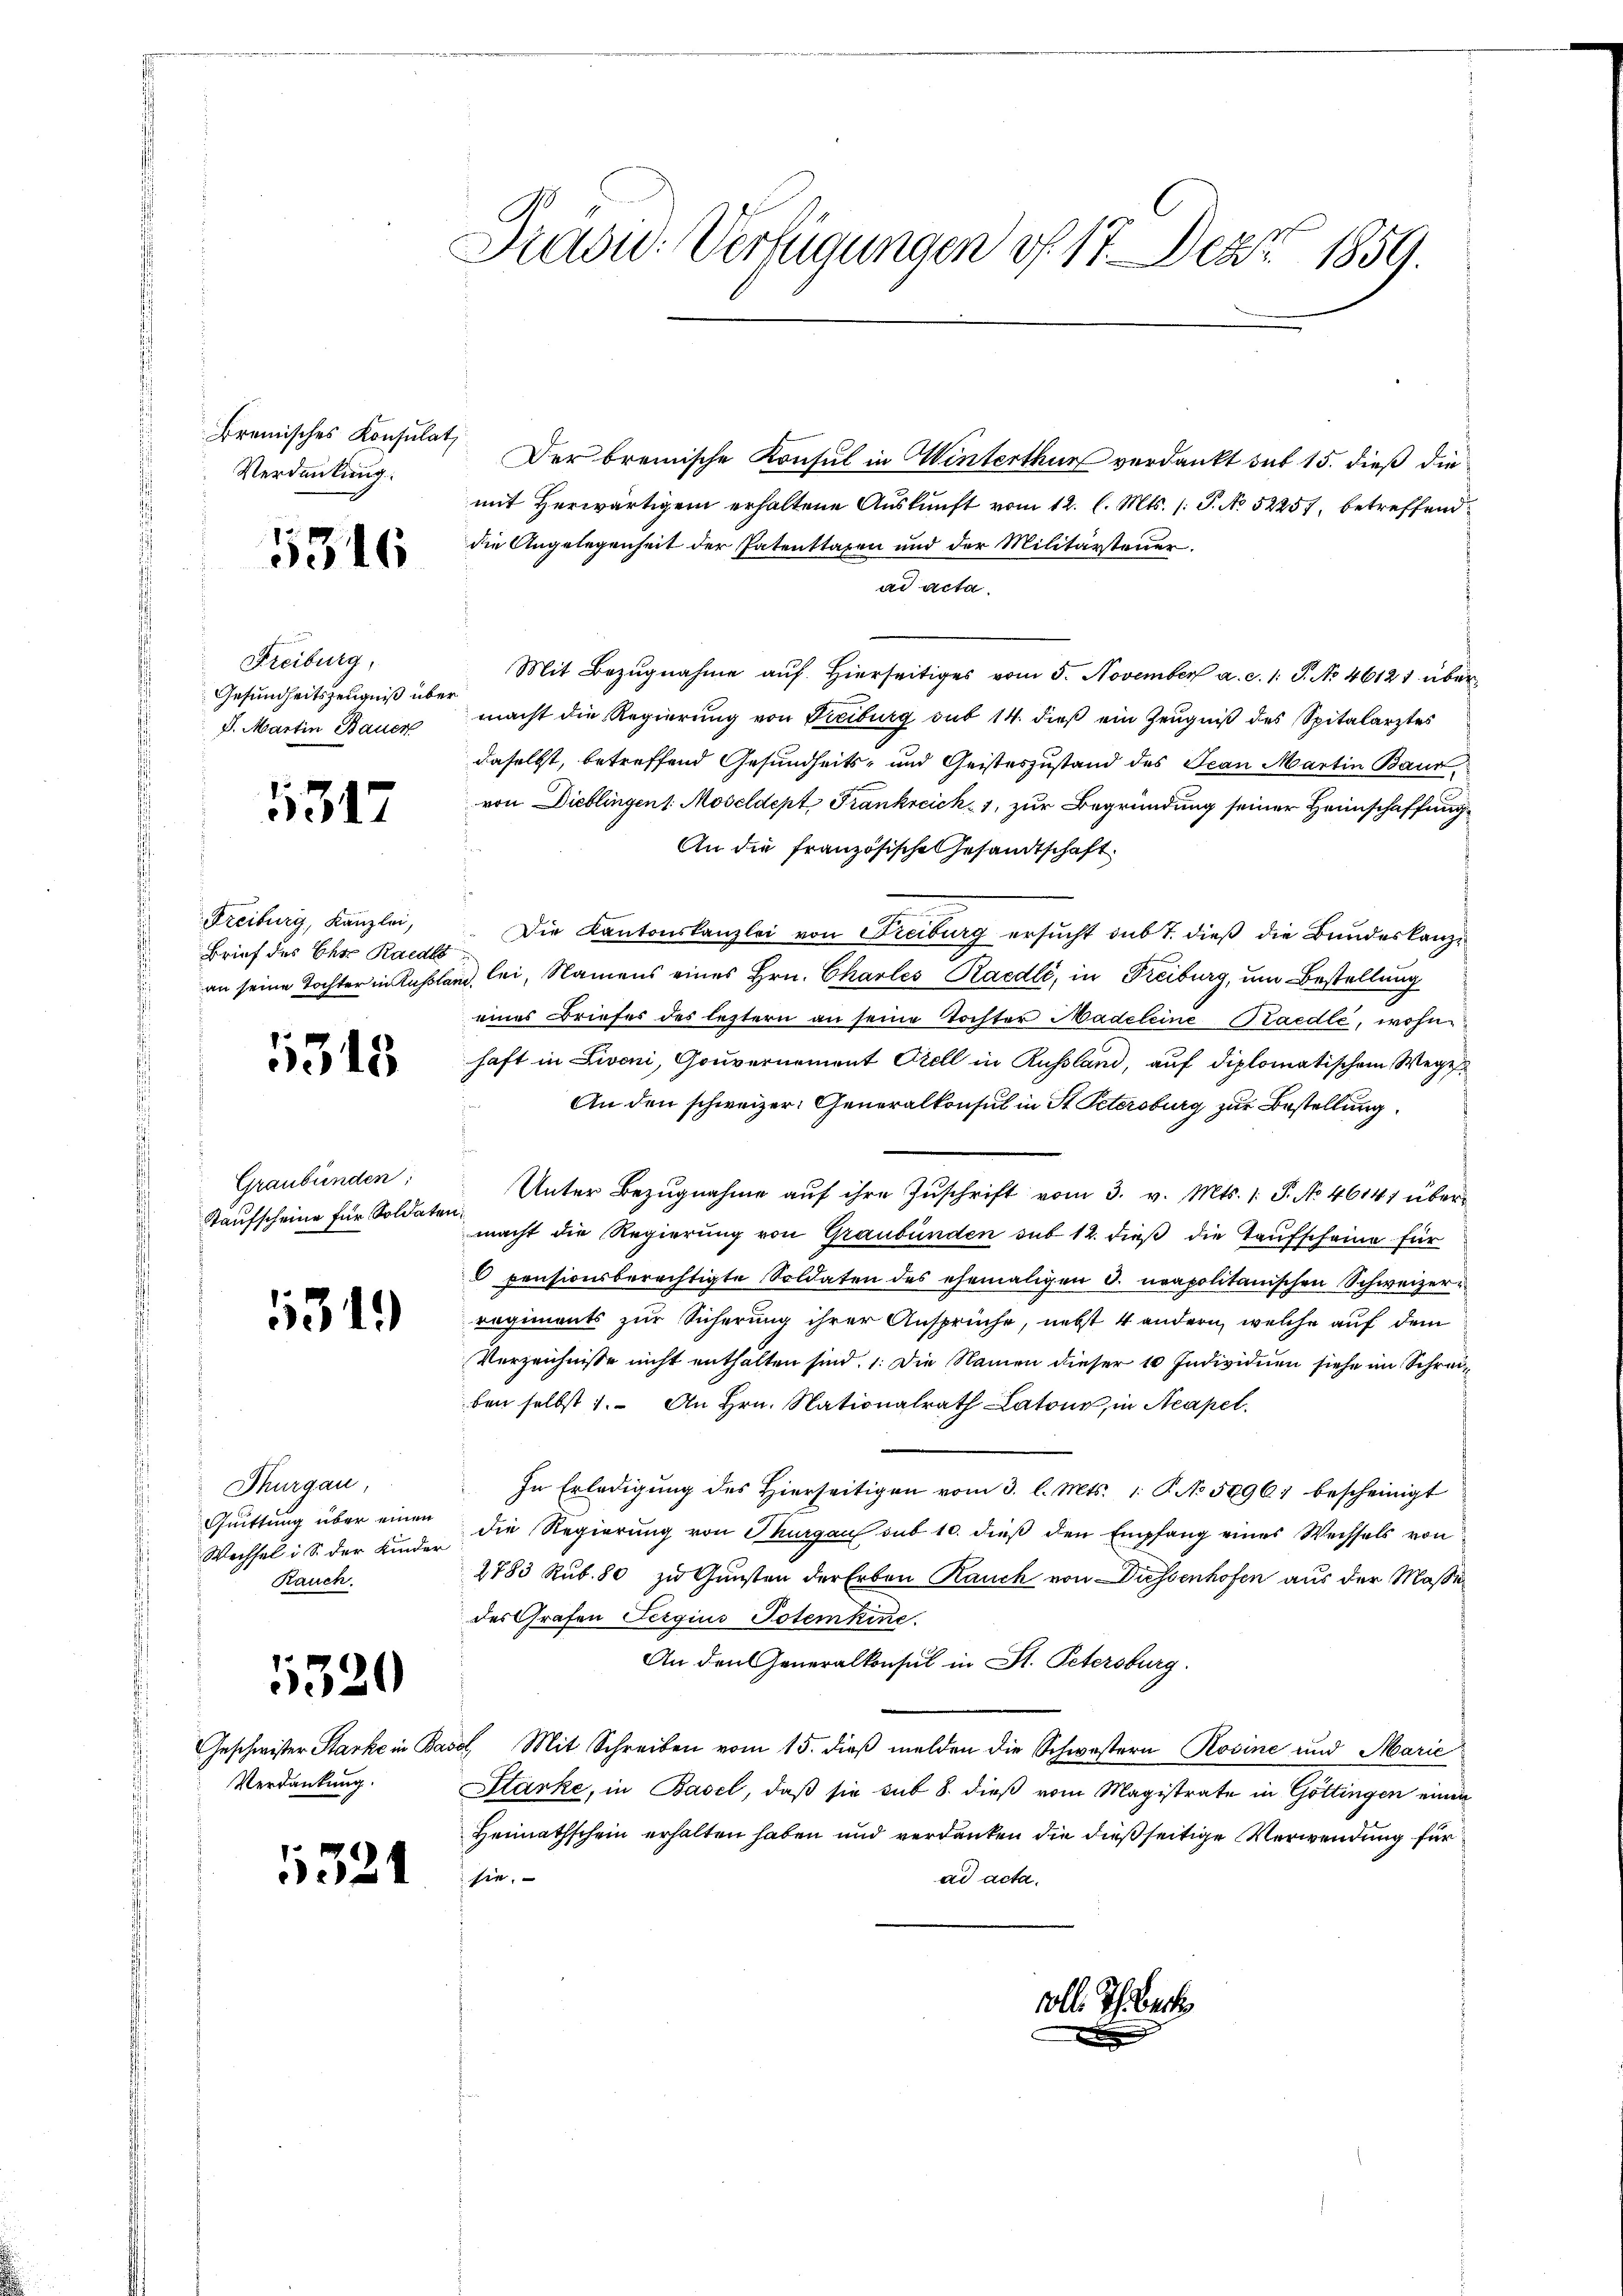
Bremisches Konsulat,
Verdankung.

5346

Freiburg,
Gesundheitszeugniß über
S. Martin Bauer

5317

Freiburg, Kanzlei,
Brief des Ehre Rades

1315

Graubünden:
Kaufscheine für Soldaten.

1319

Thurgau,
Quittung über einen
Wechsel i S. der Kinder
Rauch.

5520

Verdankung.

1321

David: Verfügungen f. 17. Dez. 1859.

Der brenische Konsul in Winterthur verdankt sub 15. dieß die
mit Herwärtigem erhaltene Auskunft vom 12. l. Mts. (: P. No 52257, betreffend
die Angelegenheit der Patenttaren und der Militärsteuer.
ad acta.
Mit Bezŭgnahme auf hierseitiges vom 5. November a. c. 1 S. No 46121 übermacht die Regierung von Freiburg sub 14. dieß ein Zeugniß des Spitalarztes
daselbst, betreffend Gesundheits- und Geisteszustand des Jean Martin Baur
von Dieblingen Moscldept Frankreich 1, zur Begründung seiner Heimschaffung
An die französische Gesandtschaft
Die Kantonskanzlei von Freiburg ersucht sub 7. dieß die Bundeskanzan seine Tochter in Kussland, lei, Namens eines Hrn. Charles Raedli, in Freiburg, um Bestellung
eines Briefes des leztern an seine Tochter Madeleine Paedle, wofü
haft in Livoni, Gouvernement Orell in Russland, auf diplomatischem Wege
An den schweizer. Generalkonsul in St. Petersburg zur Bestellung
Unter Bezugnahme auf ihre Zuschrift vom 3. v. Mts. 1. P. No 4614) übermacht die Regierung von Graubünden sub 12. dieß die Taufscheine für
 pensionsberechtigte Soldaten des ehemaligen d. neapolitanischen Schweizerr
regiments zur Sicherung ihrer Ansprüche, nebst 4 andern, welche auf dem
Verzeichnisse nicht enthalten sind. 1. Die Namen dieser 10 Individuen siehe im Schreiben selbst 1. An Hrn. Nationalrath Latons, in Acapel.
In Erledigŭng des hierseitigen vom 3. l. Mts. 1. P. No 59967 bescheinigt
die Regierung von Thurgau sub 10. dieß den Empfang eines Wechsels von
2783 Rub. 80 zu Gunsten der Erben Rauch von Düssenhofen aus der Maße
des Grafen Sergius Potemkine.
An den Generalkonsul in St. Petersburg.
Geschwister Starke in Basel, Mit Schreiben vom 15. dieß melden die Schwestern Rosine und Marie
Stärke, in Basel, daß sie sub 8. dieß vom Magistrate in Göttingen einen
Heimathschein erhalten haben und verdanken die dießseitige Verwendung für
sie.
ad acta.

14